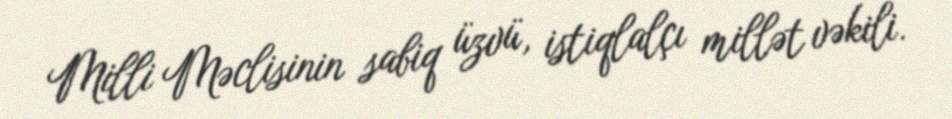
Milli Məclisinin sabiq üzvü, istiqlalçı millət vəkili.